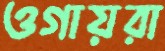
ওগায়রা